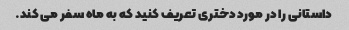
داستانی را در مورد دختری تعریف کنید که به ماه سفر می کند.